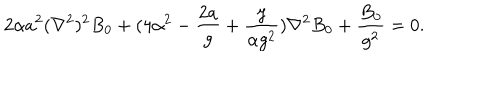
2 \alpha a ^ { 2 } ( \nabla ^ { 2 } ) ^ { 2 } B _ { 0 } + ( 4 \alpha ^ { 2 } - { \frac { 2 a } { g } } + { \frac { y } { \alpha g ^ { 2 } } } ) \nabla ^ { 2 } B _ { 0 } + { \frac { B _ { 0 } } { g ^ { 2 } } } = 0 .